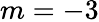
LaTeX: m=-3